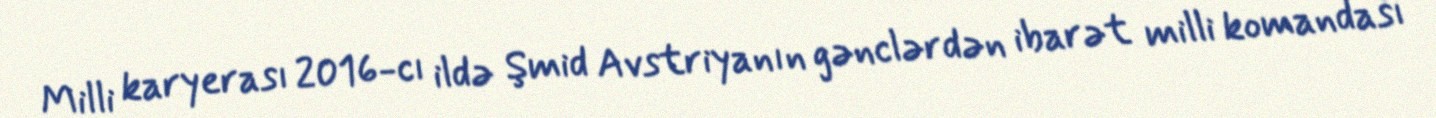
Milli karyerası 2016-cı ildə Şmid Avstriyanın gənclərdən ibarət milli komandası